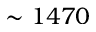
\sim 1 4 7 0